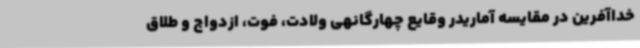
خداآفرین در مقایسه آماریدر وقایع چهارگانهی ولادت، فوت، ازدواج و طلاق